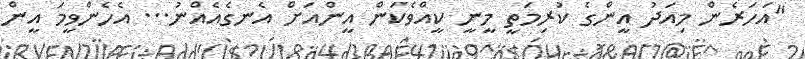
"އަހަރެން މިއަދު އީންގެ ކުރިމަތީ މީނީ ކީއްވެކަން އީންއަށް އެނގެއެއްނު... އެހެންވީމަ އީން